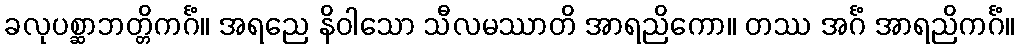
ခလုပစ္ဆာဘတ္တိကင်္ဂံ။ အရညေ နိဝါသော သီလမဿာတိ အာရညိကော။ တဿ အင်္ဂံ အာရညိကင်္ဂံ။